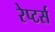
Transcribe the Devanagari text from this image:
रेप्‍टर्स